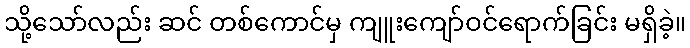
သို့သော်လည်း ဆင် တစ်ကောင်မှ ကျူးကျော်ဝင်ရောက်ခြင်း မရှိခဲ့။